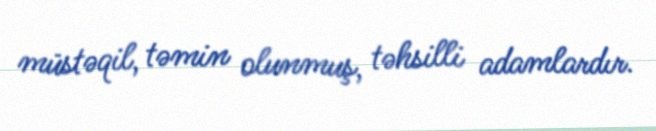
müstəqil, təmin olunmuş, təhsilli adamlardır.